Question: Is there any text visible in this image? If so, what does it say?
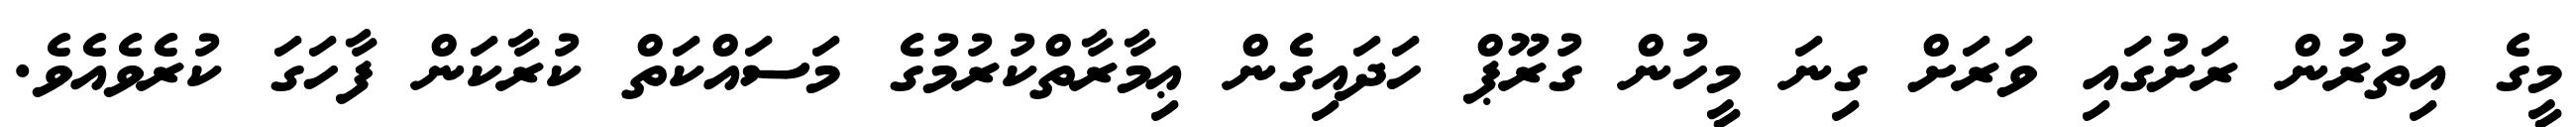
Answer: މީގެ އިތުރުން ރަށުގައި ވަރަށް ގިނަ މީހުން ގުރޫޕް ހަދައިގެން ޢިމާރާތްކުރުމުގެ މަސައްކަތް ކުރާކަން ފާހަގަ ކުރެވެއެވެ.